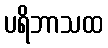
ပရိဘာသထ